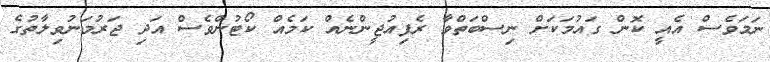
ނަމަވެސް އެއީ ކޮން ގައުމަކަށް ނިސްބަތްވާ ރެފިއުޖީންނެއް ކަމެއް ކޯޓުންވެސް އަދި ޖަރުމަނުވިލާތުގެ